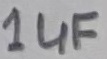
Text: 1µF